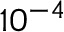
1 0 ^ { - 4 }